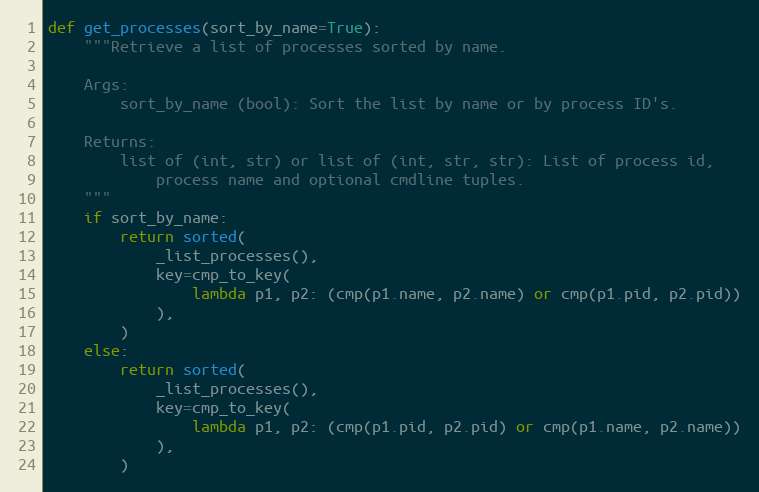
Language: Python
def get_processes(sort_by_name=True):
    """Retrieve a list of processes sorted by name.

    Args:
        sort_by_name (bool): Sort the list by name or by process ID's.

    Returns:
        list of (int, str) or list of (int, str, str): List of process id,
            process name and optional cmdline tuples.
    """
    if sort_by_name:
        return sorted(
            _list_processes(),
            key=cmp_to_key(
                lambda p1, p2: (cmp(p1.name, p2.name) or cmp(p1.pid, p2.pid))
            ),
        )
    else:
        return sorted(
            _list_processes(),
            key=cmp_to_key(
                lambda p1, p2: (cmp(p1.pid, p2.pid) or cmp(p1.name, p2.name))
            ),
        )